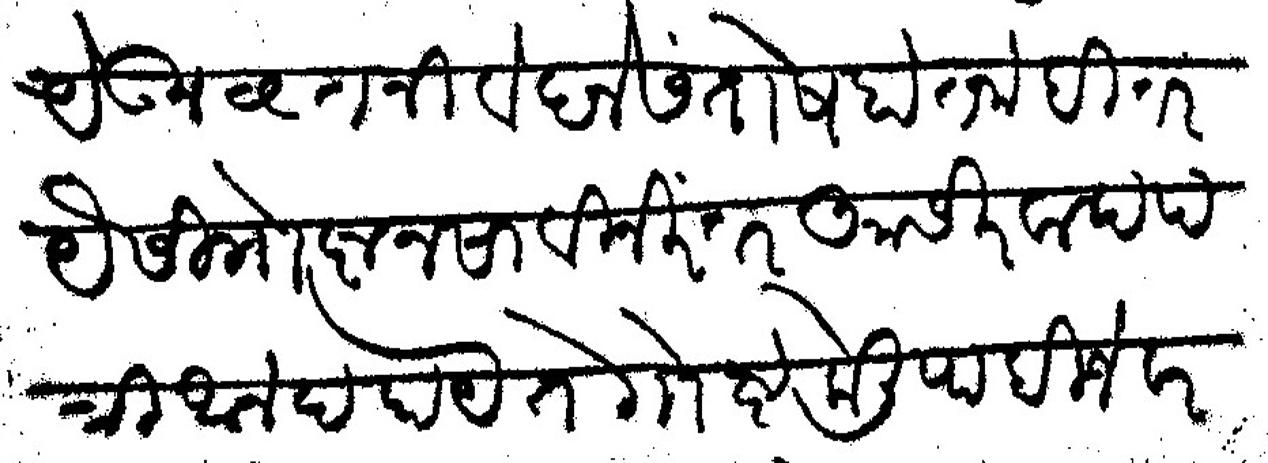
Transliteration (Devanagari): येऊन वृत्त निवेदने संतोष होत नाही तर यैसी गोष्ट नसावी निरंतर आसीरवाद पत्री आनंद होये ते गोष्ट केली पाहिजे वरकड